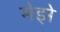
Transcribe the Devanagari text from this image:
मेझे